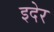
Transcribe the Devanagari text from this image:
इदेर